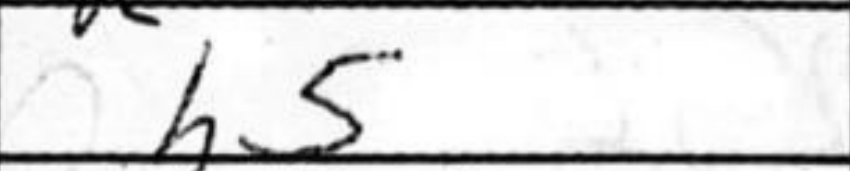
Transcription: h5